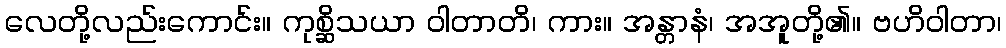
လေတို့လည်းကောင်း။ ကုစ္ဆိသယာ ဝါတာတိ၊ ကား။ အန္တာနံ၊ အအူတို့၏။ ဗဟိဝါတာ၊